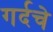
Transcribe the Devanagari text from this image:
गर्दचे